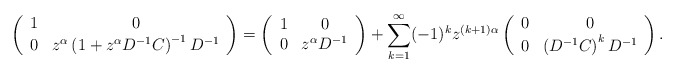
\begin{align*}\left(\begin{array}{cc}1 & 0\\0 & z^{\alpha}\left(1+z^{\alpha}D^{-1}C\right)^{-1}D^{-1}\end{array}\right)=\left(\begin{array}{cc}1 & 0\\0 & z^{\alpha}D^{-1}\end{array}\right)+\sum_{k=1}^{\infty}(-1)^{k}z^{(k+1)\alpha}\left(\begin{array}{cc}0 & 0\\0 & \left(D^{-1}C\right)^{k}D^{-1}\end{array}\right).\end{align*}